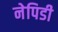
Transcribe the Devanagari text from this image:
नेपिडी